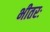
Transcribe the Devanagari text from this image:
भीतरः